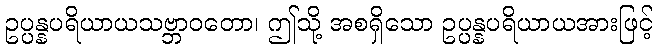
ဥပ္ပန္နပရိယာယသဗ္ဘာဝတော၊ ဤသို့ အစရှိသော ဥပ္ပန္နပရိယာယအားဖြင့်